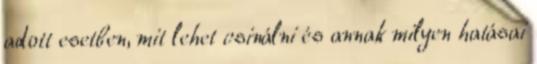
adott esetben, mit lehet csinálni és annak milyen hatásai